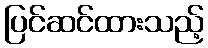
ပြင်ဆင်ထားသည့်